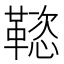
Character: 𲊟